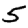
Digit: 5